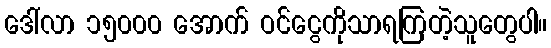
ဒေါ်လာ ၁၅၀၀၀ အောက် ဝင်ငွေကိုသာရကြတဲ့သူတွေပါ။